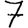
Digit: 7